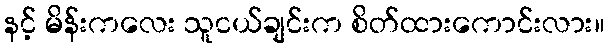
နင့် မိန်းကလေး သူငယ်ချင်းက စိတ်ထားကောင်းလား။